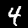
Digit: 4